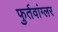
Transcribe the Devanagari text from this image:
फुर्तवांग्लर